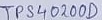
Text: TPS40200D